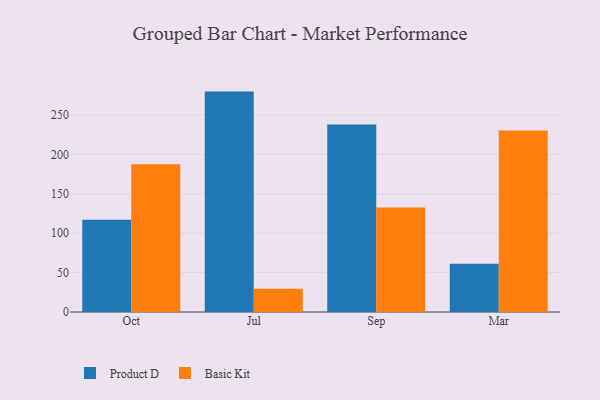
{"axis": {"x": "Month", "y": "Gross Profit (USD K)"}, "legend": ["Basic Kit", "Product D"], "data": [{"x": "Oct", "y": 117.2, "type": "Product D"}, {"x": "Oct", "y": 187.6, "type": "Basic Kit"}, {"x": "Jul", "y": 279.8, "type": "Product D"}, {"x": "Jul", "y": 29.5, "type": "Basic Kit"}, {"x": "Sep", "y": 237.9, "type": "Product D"}, {"x": "Sep", "y": 132.6, "type": "Basic Kit"}, {"x": "Mar", "y": 61.3, "type": "Product D"}, {"x": "Mar", "y": 230.5, "type": "Basic Kit"}]}